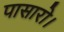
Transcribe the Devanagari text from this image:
पासारो।